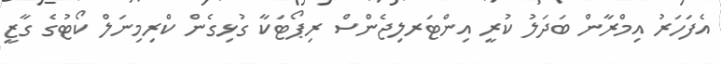
އެފަހަރު އިމްރާން ބަދަލު ކުރީ އިންޓަރލިޖެންސް ރިޕޯޓަކާ ގުޅިގެން ކްރިމިނަލް ކޯޓުގެ ގާޒީ